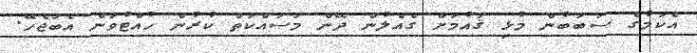
އެކަމުގެ ސަބަބުން މުޅި ޤައުމަށް ގެއްލުން ދޭން މަސައްކަތް ކުރުން ހުއްޓުވަން އެބަޖެހޭ.